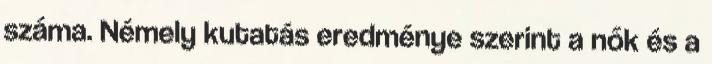
száma. Némely kutatás eredménye szerint a nők és a